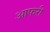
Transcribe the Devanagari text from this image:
आफरी